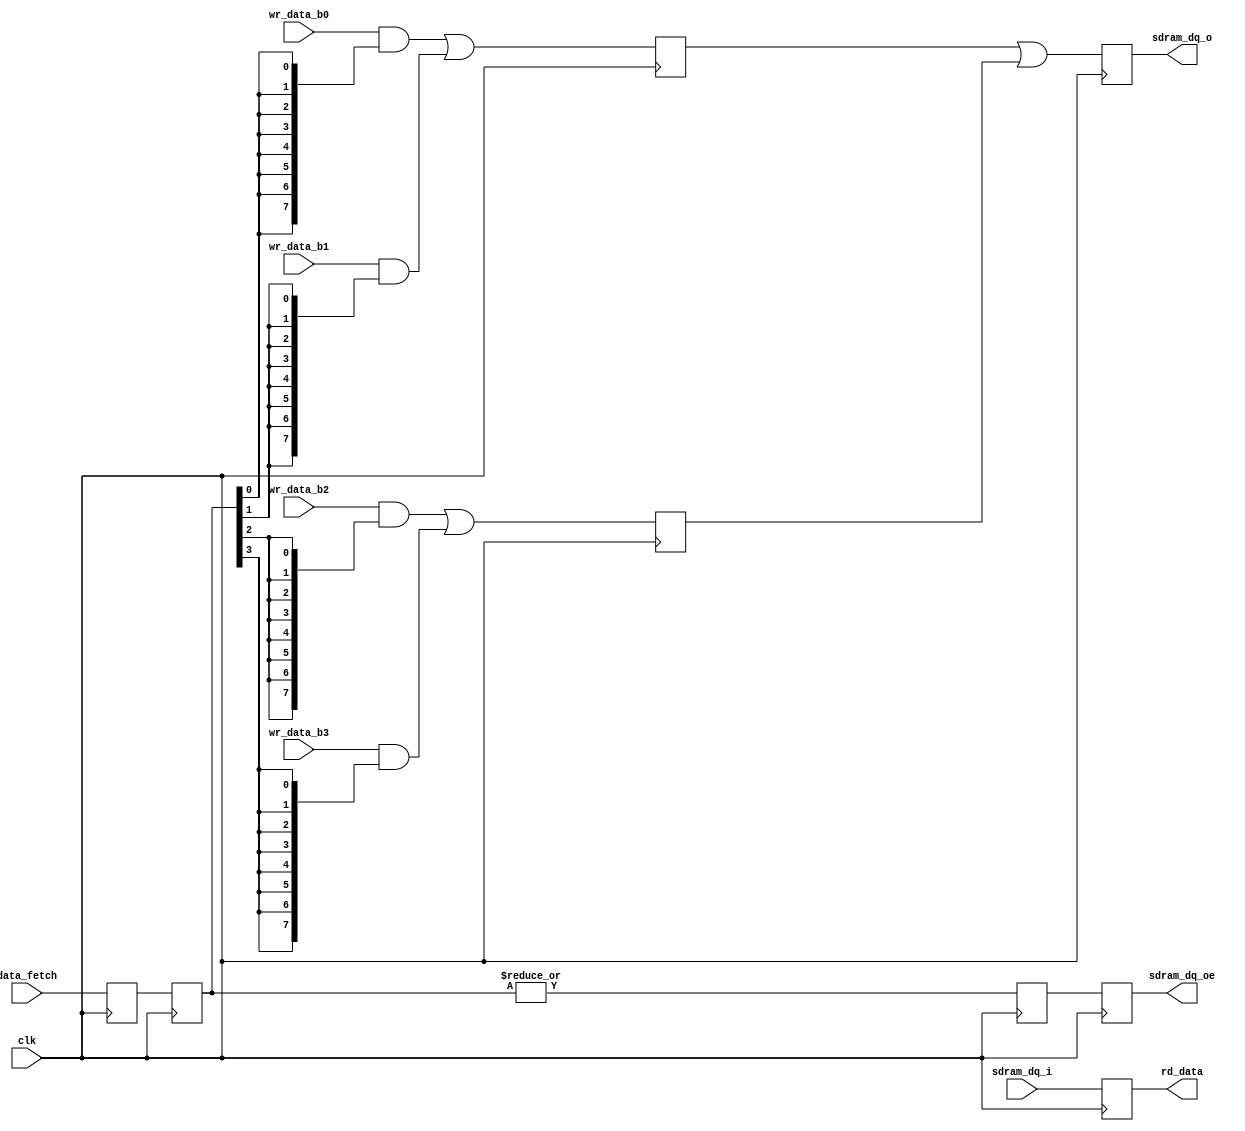
`timescale 1 ns / 1 ps

`ifdef _SDRAM_DATA_8B_
/* Already included !! */
`else
`define _SDRAM_DATA_8B_
module sdram_data_8b
(
    //-----------------------------
    // Clock and reset
    //-----------------------------
    input             clk,         // Master clock (72 MHz)

    //-----------------------------
    // Internal bus
    //-----------------------------
    output      [7:0] rd_data,     // Read data from banks #0-3
    
    input       [3:0] data_fetch,  // Write data fetch (p0)
    input       [7:0] wr_data_b0,  // Write data to bank #0 (p2)
    input       [7:0] wr_data_b1,  // Write data to bank #1 (p2)
    input       [7:0] wr_data_b2,  // Write data to bank #2 (p2)
    input       [7:0] wr_data_b3,  // Write data to bank #3 (p2)
    
    //-----------------------------
    // External bus
    //-----------------------------
    output reg        sdram_dq_oe, // SDRAM data output enable
    output reg  [7:0] sdram_dq_o,  // SDRAM data output
    input       [7:0] sdram_dq_i   // SDRAM data input
);
    // Clock-to-output delay (for simulation)
    parameter Tco_dly = 4.5;

    //=========================================================================
    
    reg [7:0] r_rd_data;
    
    always@(posedge clk) begin : READ_DATA_PATH
    
        r_rd_data <= sdram_dq_i;
    end
    
    assign rd_data = r_rd_data;

    //=========================================================================
    
    reg [3:0] r_data_fe_p1;
    reg [3:0] r_data_fe_p2;
    
    reg       r_data_oe_p3;
    reg       r_data_oe_p4;
    
    reg [7:0] r_wr_data_p3 [0:1];
    reg [7:0] r_wr_data_p4;
    
    always@(posedge clk) begin : WRITE_DATA_PATH
    
        r_data_fe_p1 <= data_fetch;
        r_data_fe_p2 <= r_data_fe_p1;
        
        r_data_oe_p3 <= |r_data_fe_p2;
        r_data_oe_p4 <= r_data_oe_p3;
        
        r_wr_data_p3[0] <= wr_data_b0 & {8{r_data_fe_p2[0]}}
                         | wr_data_b1 & {8{r_data_fe_p2[1]}};
        r_wr_data_p3[1] <= wr_data_b2 & {8{r_data_fe_p2[2]}}
                         | wr_data_b3 & {8{r_data_fe_p2[3]}};
        r_wr_data_p4    <= r_wr_data_p3[0]
                         | r_wr_data_p3[1];
    end
    
    // Output mask, data & enable
    /* verilator lint_off STMTDLY */
    always@(*) sdram_dq_o  = #Tco_dly r_wr_data_p4;
    always@(*) sdram_dq_oe = #Tco_dly r_data_oe_p4;
    /* verilator lint_on STMTDLY */
    
    //=========================================================================
    
endmodule
`endif /* _SDRAM_DATA_8B_ */